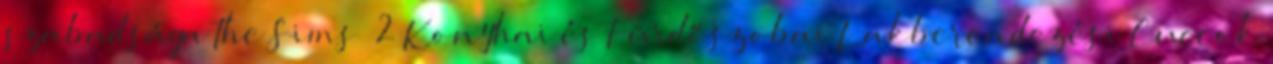
szabadsága The Sims™ 2 Konyhai és Fürdőszobai Lakberendezési Cuccok